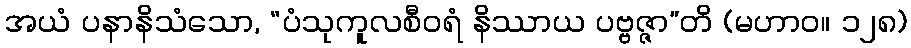
အယံ ပနာနိသံသော, “ပံသုကူလစီဝရံ နိဿာယ ပဗ္ဗဇ္ဇာ”တိ (မဟာဝ။ ၁၂၈)